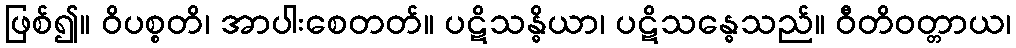
ဖြစ်၍။ ဝိပစ္စတိ၊ အာပါးစေတတ်။ ပဋိသန္ဓိယာ၊ ပဋိသန္ဓေသည်။ ဝီတိဝတ္တာယ၊